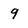
Character: 9